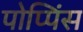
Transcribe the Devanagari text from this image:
पोप्पिंस